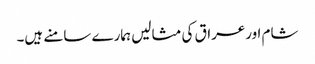
شام اورعراق کی مثالیں ہمارے سامنے ہیں۔